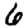
Digit: 6